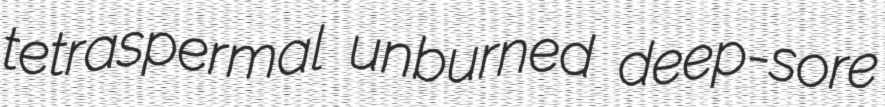
tetraspermal unburned deep-sore